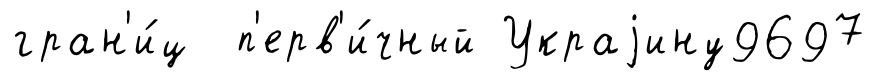
гран'и́ц п'ерв'и́чный Украjину9697